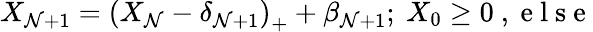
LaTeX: X_{\mathcal{N}+1}=\left(X_{\mathcal{N}}-\delta_{\mathcal{N}+1}\right)_{+}+\beta_{\mathcal{N}+1};\mathrm{{~}}X_{0}\geq0\mathrm{{~,~e~l~s~e~}}